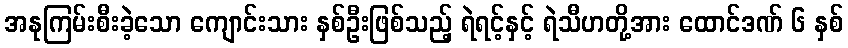
အနုကြမ်းစီးခဲ့သော ကျောင်းသား နှစ်ဦးဖြစ်သည့် ရဲရင့်နှင့် ရဲသီဟတို့အား ထောင်ဒဏ် ၆ နှစ်